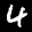
Label: 4